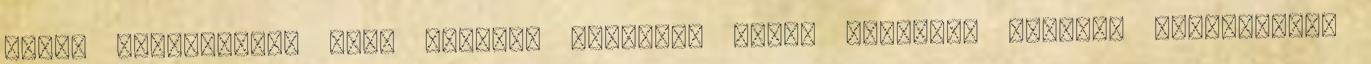
jelzi agyatoknak, hogy küldjön testetek többi részének pozitív üzeneteket,